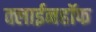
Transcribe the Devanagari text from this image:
क्लाईनहॉफ